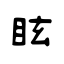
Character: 眩